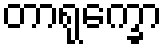
တာရုက္ခော